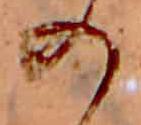
の